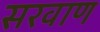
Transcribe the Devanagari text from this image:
सरवाण